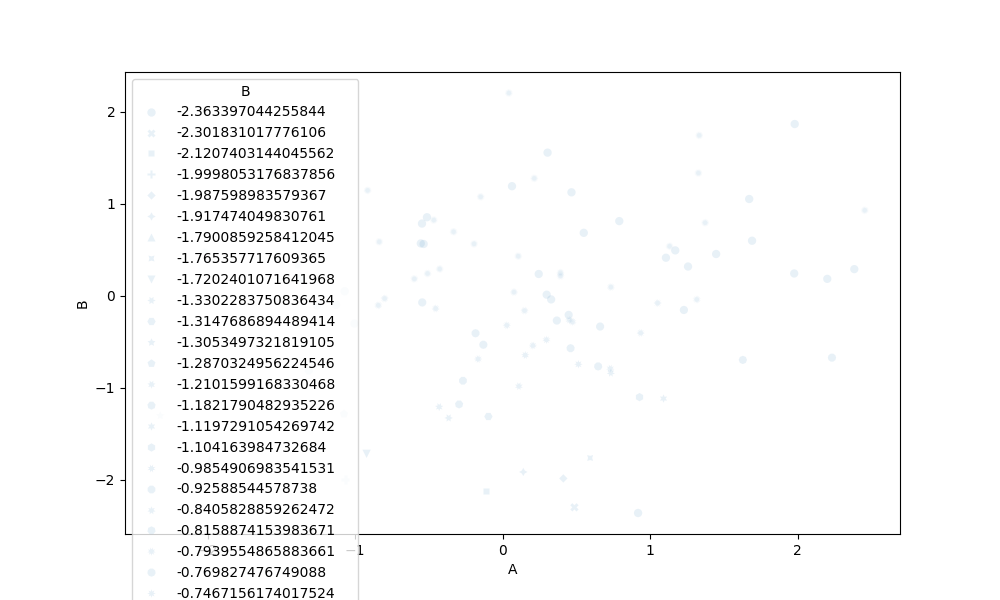
python, seaborn, scatterplot, hue='None', style='B', size='None', palette='muted', alpha=0.1